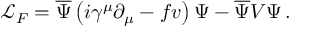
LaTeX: \mathcal { L } _ { F } = \overline { { { \Psi } } } \left( i \gamma ^ { \mu } \partial _ { \mu } - f v \right) \Psi - \overline { { { \Psi } } } V \Psi \, .